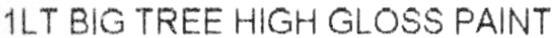
1LT BIG TREE HIGH GLOSS PAINT